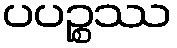
ပပဉ္စဿ